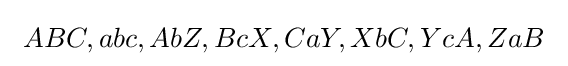
\ ABC,abc,AbZ,BcX,CaY,XbC,YcA,ZaB\